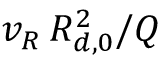
{ v _ { R } } \, R _ { d , 0 } ^ { 2 } / Q